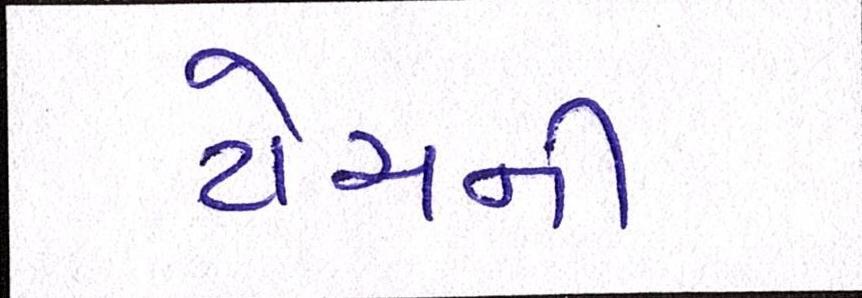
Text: ટોચની